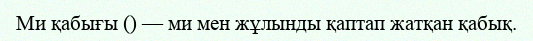
Ми қабығы () — ми мен жұлынды қаптап жатқан қабық.